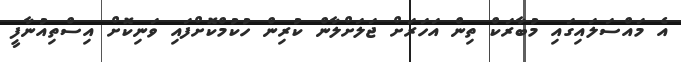
އެ މައްސަލައިގައި މުބާރަކް ތިން އަހަރަށް ޖަލަށްލާން ކުރިން ހުކުމްކޮށްފައި ވަނިކޮށް އިސްތިއުނާފީ